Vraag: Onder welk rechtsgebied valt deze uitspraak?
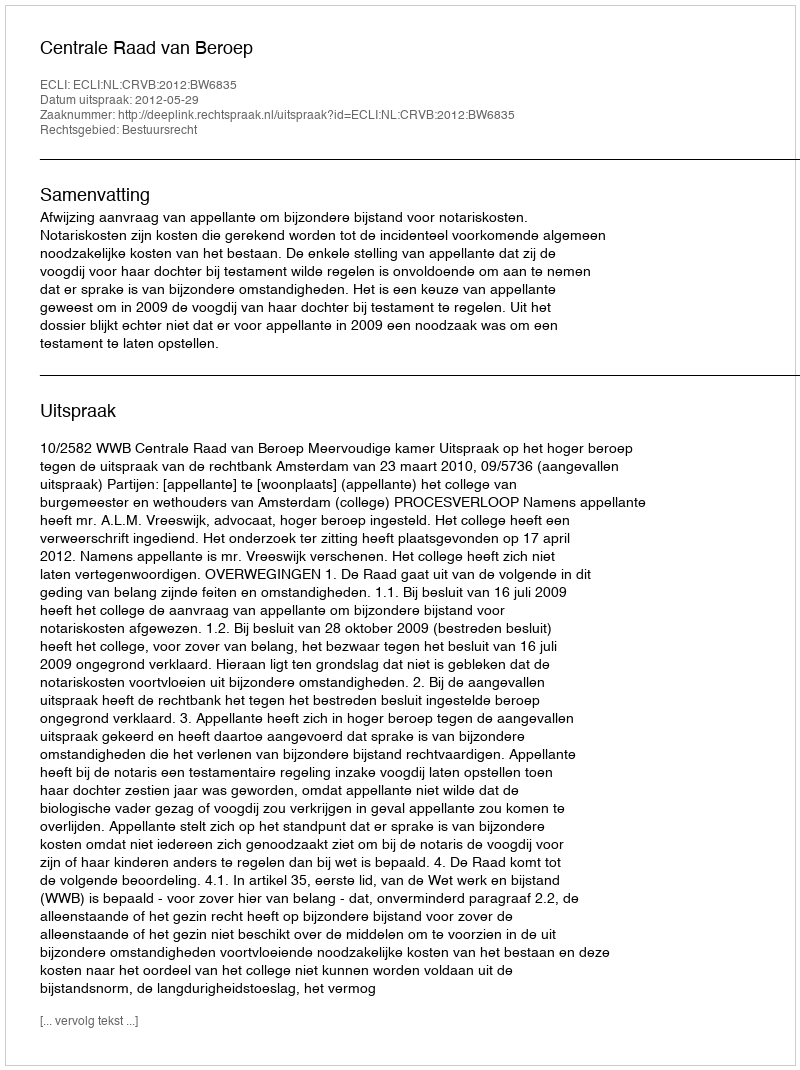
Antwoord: Bestuursrecht